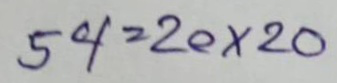
54 = 20x20